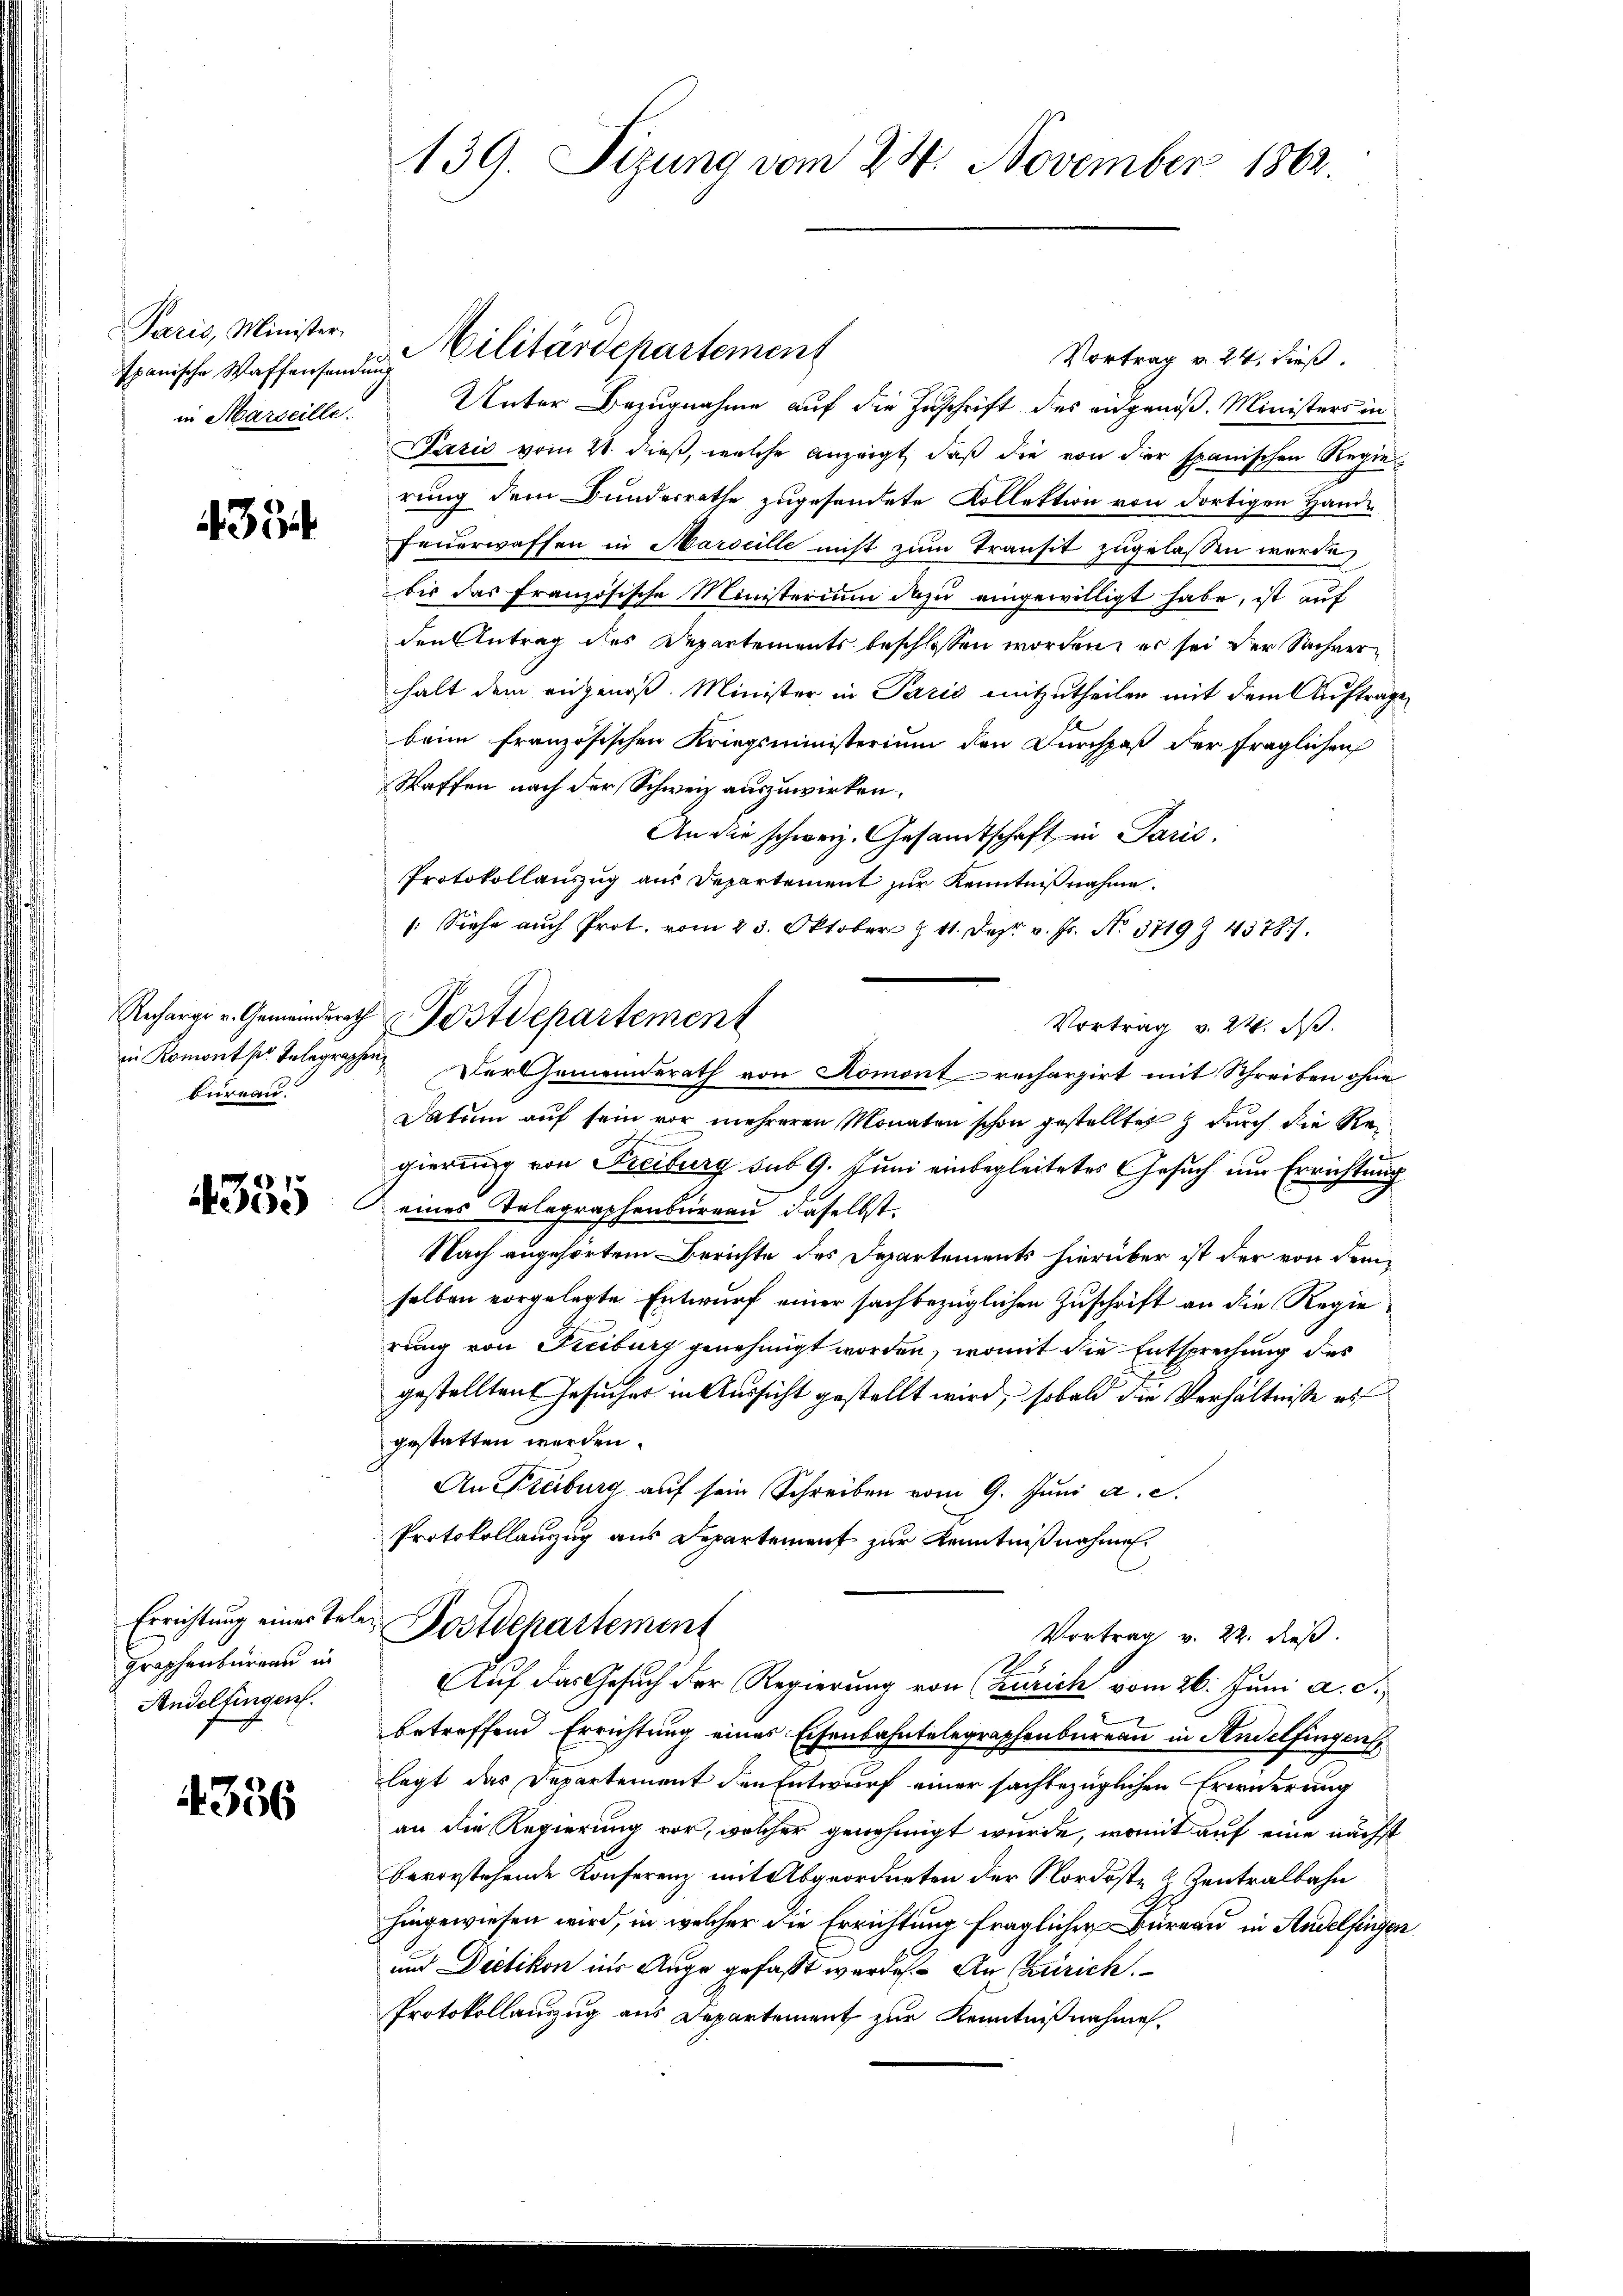
Paris, Minister
Ipanische Waffensendung
in Marseille.

334

bureau.

4335

Graphenbüreau in
Andelfingen.

4386

139. Sizung vom 24. November 1862.

Militärdepartement
Vortrag v. 24. dieß.
Unter Bezugnahme auf die Zuschrift des eidgenoß. Ministers in
Lazić vom 21. dieß, welche anzeigt, daß die von der spanischen Regierung dem Bundesrathe zugesendete Kollektion von dortigen Hande
Feuerwaffen in Marseille nicht zum Transit zugelassen werde,
bis das französische Ministerium dazu eingewilligt habe, ist auf
den Antrag des Departements beschlossen worden, er sei der Sachverhalt dem angenoß. Minister in Paris mitzutheilen mit dem Auftrage
beim französischen Kriegsministerium den Durchpaß der fraglichen
Waffen nach der Schweiz auszuwirken.
An die schweiz. Gesandtschaft in Paris,
Protokollauszug aus Departement zur Kenntnißnahme.
: Siehe auch Prot. vom 23. Oktober 11. Dez. v. Js. No. 3719 45781.
Vortrag v. 24. ds.
in Komont pr. Telegraphen. Der Gemeinderath von Romont rechargirt mit Schreiben ohne
Datum auf sein vor mehreren Monaten schon gestelltes durch die Regierung von Freiburg sub 9. Juni einbegleitetes Gesuch um Errichtung
eines Telegraphenbureau daselbst.
Nach angehörtem Berichte des Departements hierüber ist der von dem
selben vorgelegte Entwurf einer sachbezüglichen Zuschrift an die Regierung von Freiburg genehmigt worden, womit die Entsprechung des
gestellten Gesucher in Aussicht gestellt wird, sobald die Verhältnisse auf
gestatten werden.
An Freiburg auf sein Schreiben vom 9. Juni a. c.
Protokollauszug aus Departement zur Kenntnißnahmen.
Errichtung eines Teler Postdepartement
Vortrag v. 22. dieß.
Auf das Gesuch der Regierung von (Zürich vom 26. Juni a. c.
betreffend Errichtung eines Eisenbahntelegraphenbureau in Andelfingen,
legt das Departement den Entwurf einer sachbezüglichen Erwiderung
an die Regierung vor, welcher genehmigt wurde, womit auf eine nächst
bevorstehende Konferenz mit Abgeordneten der Nordoste 2 Zentralbahn
hingewiesen wird, in welcher die Errichtung fraglicher Büreau in Andelfingen
und Dietikon ins Auge gefaßt werden. An Zürich.
Protokollauszug aus Departement zur Kenntnißnahme.

Recharge u. Gemeinderath Postdepartement